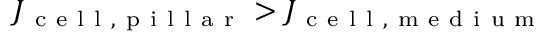
J _ { \mathrm { ~ c ~ e ~ l ~ l ~ , ~ p ~ i ~ l ~ l ~ a ~ r ~ } } > J _ { \mathrm { ~ c ~ e ~ l ~ l ~ , ~ m ~ e ~ d ~ i ~ u ~ m ~ } }